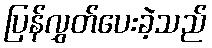
ပြန်လွှတ်ပေးခဲ့သည်